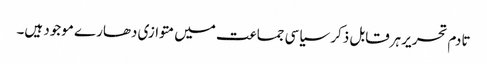
تادم تحریر ہرقابل ذکر سیاسی جماعت میں متوازی دھارے موجود ہیں۔